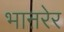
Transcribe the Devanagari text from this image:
भाऩरेर